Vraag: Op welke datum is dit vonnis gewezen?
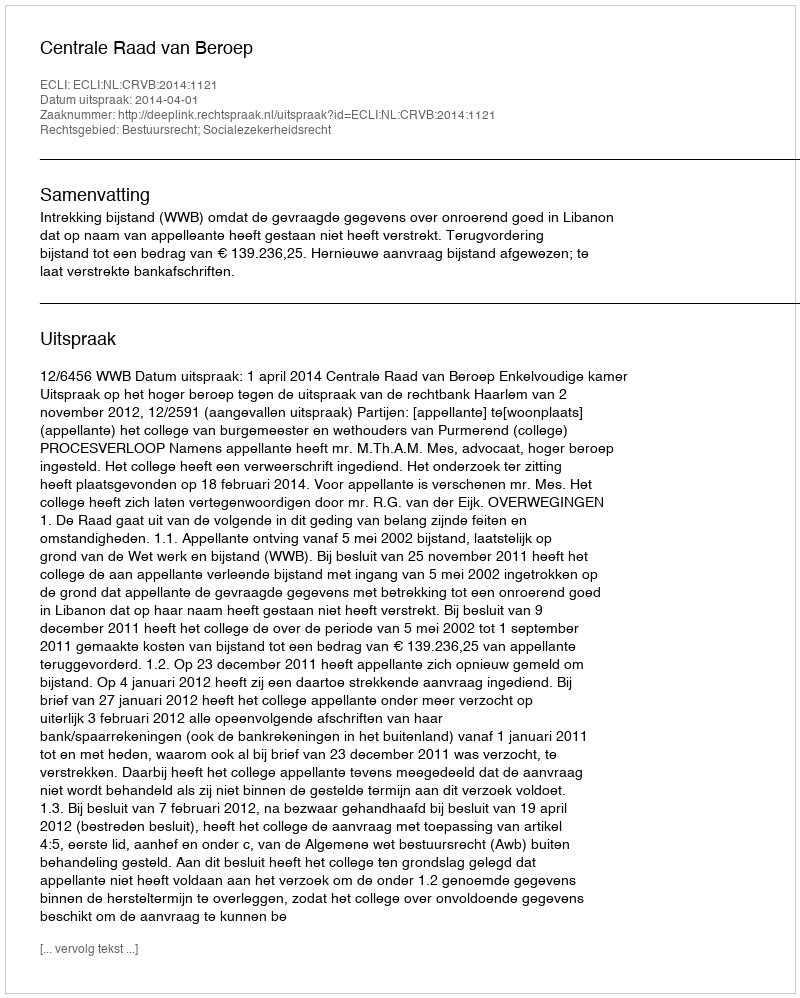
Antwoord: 2014-04-01